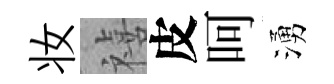
妆禧皮呵湧